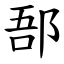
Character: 郚